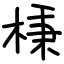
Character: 棅